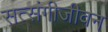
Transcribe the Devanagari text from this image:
सत्संगीजीवन